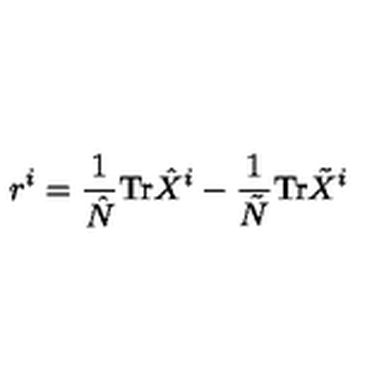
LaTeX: r ^ { i } = \frac { 1 } { \hat { N } } \mathrm { T r } \hat { X } ^ { i } - \frac { 1 } { \tilde { N } } \mathrm { T r } \tilde { X } ^ { i }